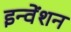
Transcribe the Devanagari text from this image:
इन्वेंशन